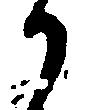
か